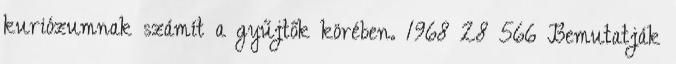
kuriózumnak számít a gyűjtők körében. 1968 28 566 Bemutatják